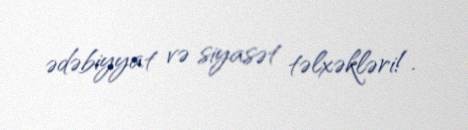
ədəbiyyat və siyasət təlxəkləri!.